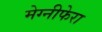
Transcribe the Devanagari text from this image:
मेग्‍नीफेरा